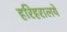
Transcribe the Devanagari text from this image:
हरिहरालये